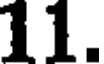
11.